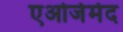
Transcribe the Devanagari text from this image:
एओजेमेद